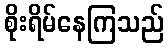
စိုးရိမ်နေကြသည်